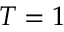
T = 1